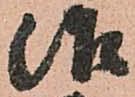
治